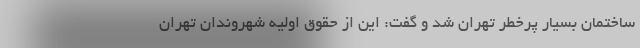
ساختمان بسیار پرخطر تهران شد و گفت: این از حقوق اولیه شهروندان تهران